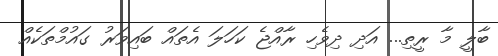
ބާލީ މާ ރީތި... އަދި ދިވެހި ރާއްޖެ ކަހަލަ އެތައް ބައިވަރު ގައުމްތަކެއް